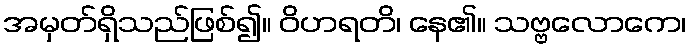
အမှတ်ရှိသည်ဖြစ်၍။ ဝိဟရတိ၊ နေ၏။ သဗ္ဗလောကေ၊